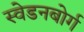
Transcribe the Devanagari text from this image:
स्वेडनबोर्ग